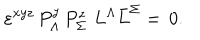
\varepsilon ^ { x y z } \, P _ { \Lambda } ^ { y } \, P _ { \Sigma } ^ { z } \, \, L ^ { \Lambda } \bar { L } ^ { \Sigma } = \, 0 .